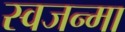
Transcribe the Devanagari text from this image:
स्वजन्मा